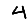
Digit: 4